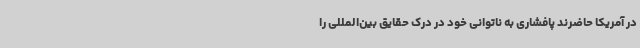
در آمریکا حاضرند پافشاری به ناتوانی خود در درک حقایق بین‌المللی را